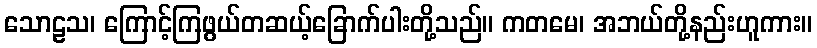
သောဠသ၊ ကြောင့်ကြဖွယ်တဆယ့်ခြောက်ပါးတို့သည်။ ကတမေ၊ အဘယ်တို့နည်းဟူကား။